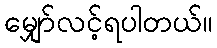
မျှော်လင့်ရပါတယ်။